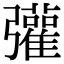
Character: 𢑆